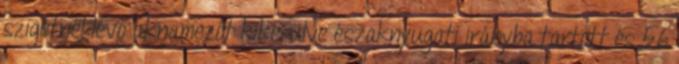
szigetnél lévő aknamezőt kikerülve északnyugati irányba tartott és 56